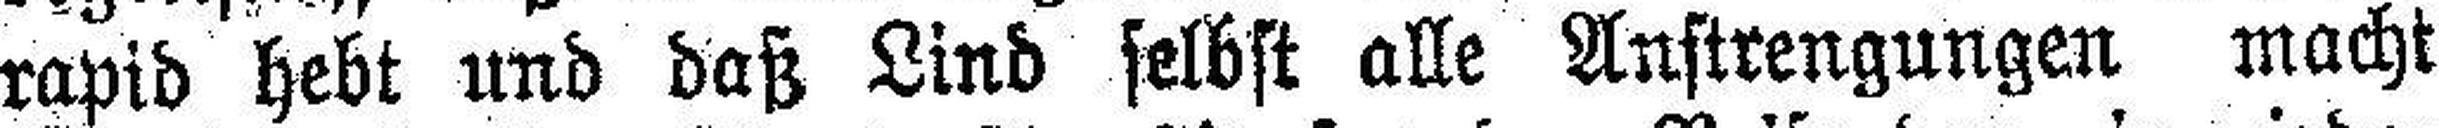
rapid hebt und daß Lind selbst alle Anstrengungen macht